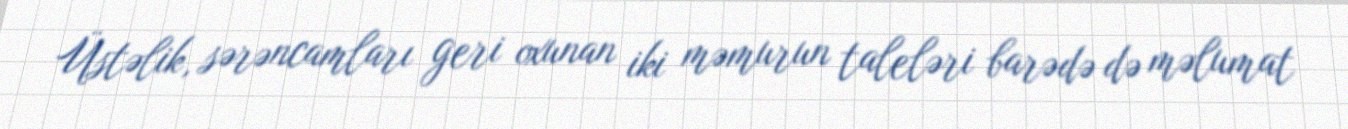
Üstəlik, sərəncamları geri oxunan iki məmurun taleləri barədə də məlumat